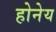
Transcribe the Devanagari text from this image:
होनेय